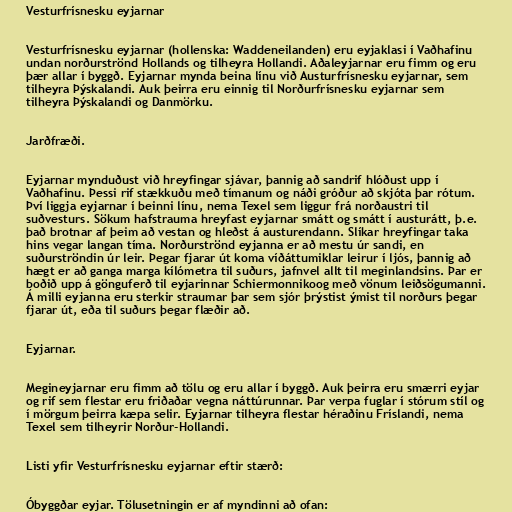
Vesturfrísnesku eyjarnar

Vesturfrísnesku eyjarnar (hollenska: Waddeneilanden) eru eyjaklasi í Vaðhafinu
undan norðurströnd Hollands og tilheyra Hollandi. Aðaleyjarnar eru fimm og eru
þær allar í byggð. Eyjarnar mynda beina línu við Austurfrísnesku eyjarnar, sem
tilheyra Þýskalandi. Auk þeirra eru einnig til Norðurfrísnesku eyjarnar sem
tilheyra Þýskalandi og Danmörku.

Jarðfræði.

Eyjarnar mynduðust við hreyfingar sjávar, þannig að sandrif hlóðust upp í
Vaðhafinu. Þessi rif stækkuðu með tímanum og náði gróður að skjóta þar rótum.
Því liggja eyjarnar í beinni línu, nema Texel sem liggur frá norðaustri til
suðvesturs. Sökum hafstrauma hreyfast eyjarnar smátt og smátt í austurátt, þ.e.
það brotnar af þeim að vestan og hleðst á austurendann. Slíkar hreyfingar taka
hins vegar langan tíma. Norðurströnd eyjanna er að mestu úr sandi, en
suðurströndin úr leir. Þegar fjarar út koma víðáttumiklar leirur í ljós, þannig að
hægt er að ganga marga kílómetra til suðurs, jafnvel allt til meginlandsins. Þar er
boðið upp á gönguferð til eyjarinnar Schiermonnikoog með vönum leiðsögumanni.
Á milli eyjanna eru sterkir straumar þar sem sjór þrýstist ýmist til norðurs þegar
fjarar út, eða til suðurs þegar flæðir að.

Eyjarnar.

Megineyjarnar eru fimm að tölu og eru allar í byggð. Auk þeirra eru smærri eyjar
og rif sem flestar eru friðaðar vegna náttúrunnar. Þar verpa fuglar í stórum stíl og
í mörgum þeirra kæpa selir. Eyjarnar tilheyra flestar héraðinu Fríslandi, nema
Texel sem tilheyrir Norður-Hollandi.

Listi yfir Vesturfrísnesku eyjarnar eftir stærð:

Óbyggðar eyjar. Tölusetningin er af myndinni að ofan: